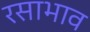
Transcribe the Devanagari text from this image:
रसाभाव